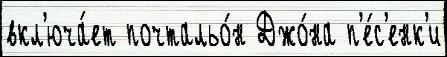
вкл'юча́ет почтальо́н Джо́на п'е́с'енк'и